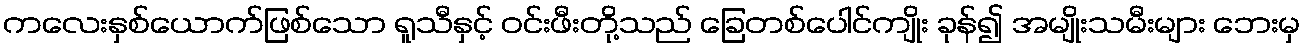
ကလေးနှစ်ယောက်ဖြစ်သော ရူသီနှင့် ဝင်းဖီးတို့သည် ခြေတစ်ပေါင်ကျိုး ခုန်၍ အမျိုးသမီးများ ဘေးမှ